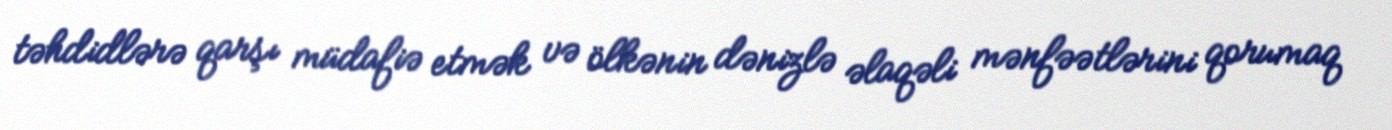
təhdidlərə qarşı müdafiə etmək və ölkənin dənizlə əlaqəli mənfəətlərini qorumaq